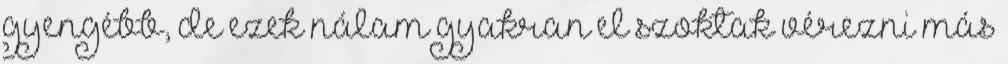
gyengébb, de ezek nálam gyakran el szoktak vérezni más